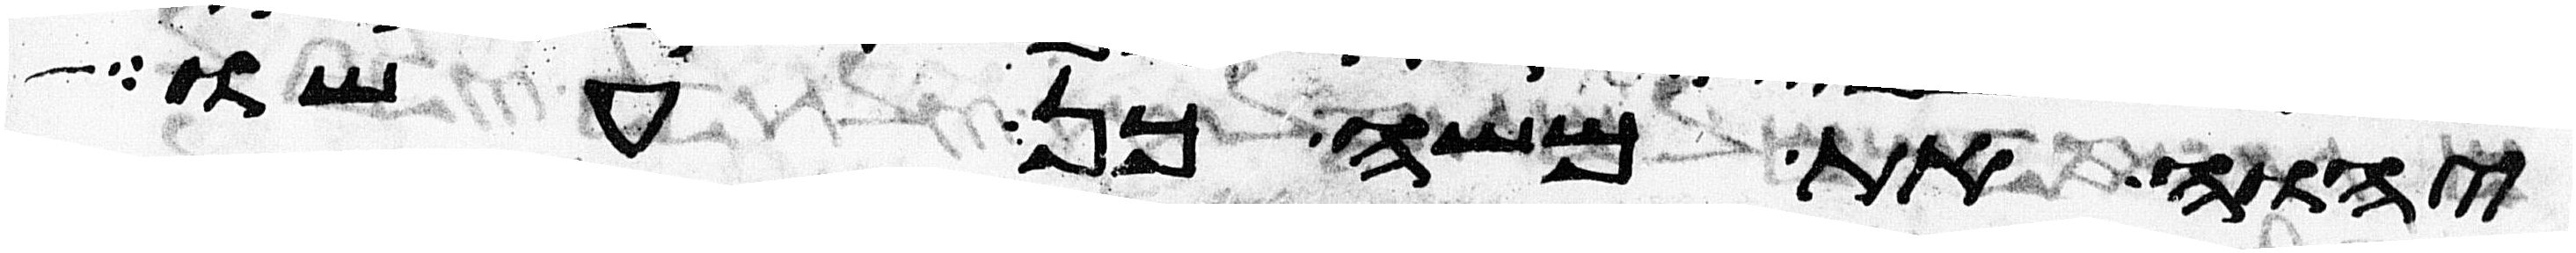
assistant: יהוה את משה כן עשו